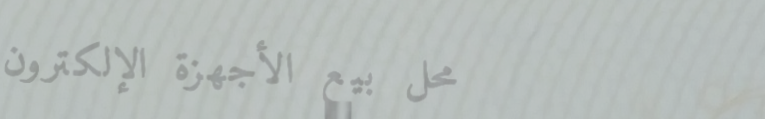
محل بيع الأجهزة الإلكترون